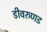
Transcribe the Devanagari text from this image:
डीवरुणड